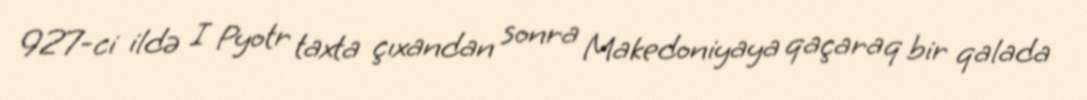
927-ci ildə I Pyotr taxta çıxandan sonra Makedoniyaya qaçaraq bir qalada